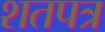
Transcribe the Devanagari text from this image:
शतपत्र